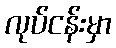
လုပ်ငန်းမှာ